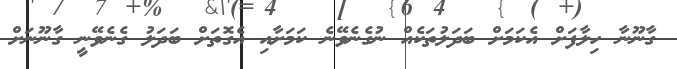
ގާނޫނާ ހިލާފަށް އެކަމަށް ބަދަލުތަކެއް ނުގެނެވޭނެ ކަމަށާއި އެގޮތަށް ބަދަލު ގެނެވޭނީ ގާނޫނަށް